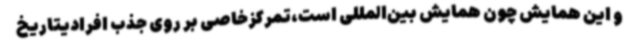
و این همایش چون همایش بین‌المللی است،تمرکزخاصی بر روی جذب افرادیتاریخ